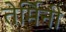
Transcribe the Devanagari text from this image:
तेर्मिनी